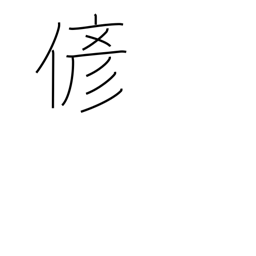
Meaning: fake